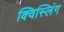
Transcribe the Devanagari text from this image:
क्विस्लिंग